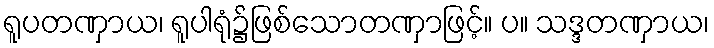
ရူပတဏှာယ၊ ရူပါရုံ၌ဖြစ်သောတဏှာဖြင့်။ ပ။ သဒ္ဒတဏှာယ၊